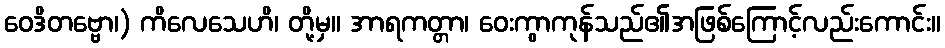
ဝေဒိတဗ္ဗော၊) ကိလေသေဟိ၊ တို့မှ။ အာရကတ္တာ၊ ဝေးကွာကုန်သည်၏အဖြစ်ကြောင့်လည်းကောင်း။